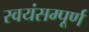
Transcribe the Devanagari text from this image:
स्वयंसम्पूर्ण